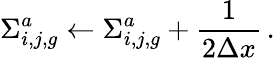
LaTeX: \Sigma_{i,j,g}^{a}\leftarrow\Sigma_{i,j,g}^{a}+\frac{1}{2\Delta x}\, .